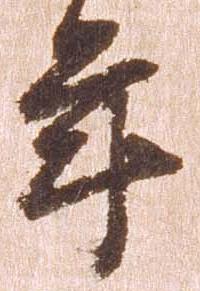
年